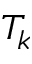
T _ { k }